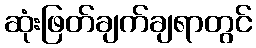
ဆုံးဖြတ်ချက်ချရာတွင်